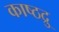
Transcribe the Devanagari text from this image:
काष्ठद्रु